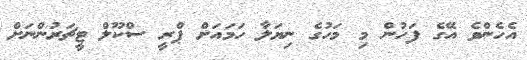
އެހެންވެ އޭގެ ފަހުން މި މަހުގެ ނިޔަލާ ހަމައަށް ޕްރީ ސްކޫލް ޓީޗަރުންނަށް